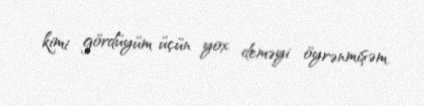
kimi gördüyüm üçün yox deməyi öyrənmişəm.